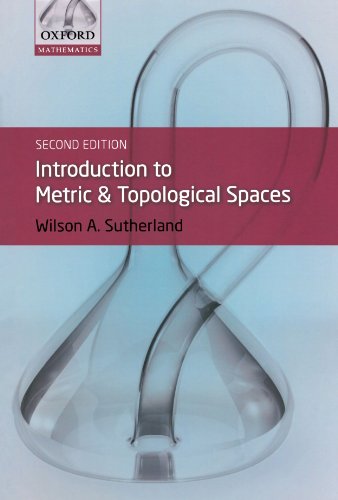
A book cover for Introduction to Metric and Topological Spaces (Oxford Mathematics); Wilson A Sutherland; Science & Math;